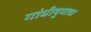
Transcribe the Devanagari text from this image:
गांधीयुगाचा